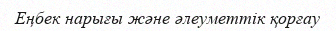
Еңбек нарығы және әлеуметтік қорғау